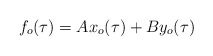
\begin{align*}f_{o}(\tau) = A x_{o}(\tau) + B y_{o}(\tau)\end{align*}